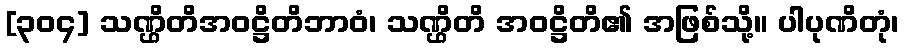
[၃၀၄] သဏ္ဌိတိအဝဋ္ဌိတိဘာဝံ၊ သဏ္ဌိတိ အဝဋ္ဌိတိ၏ အဖြစ်သို့။ ပါပုဏိတုံ၊